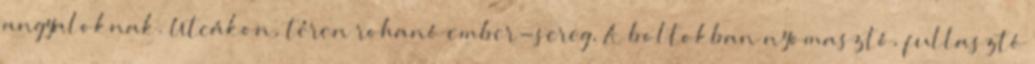
angyaloknak. Utcákon, téren rohanó ember-sereg, A boltokban nyomasztó, fullasztó